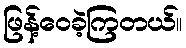
ဖြန့်ဝေခဲ့ကြတယ်။